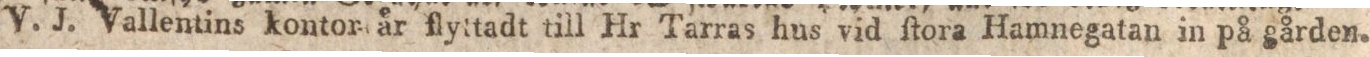
V. J. Vallentins kontornår flyttadt till Hr Tarras hus vid ſtora Hamnegatan in på gården.